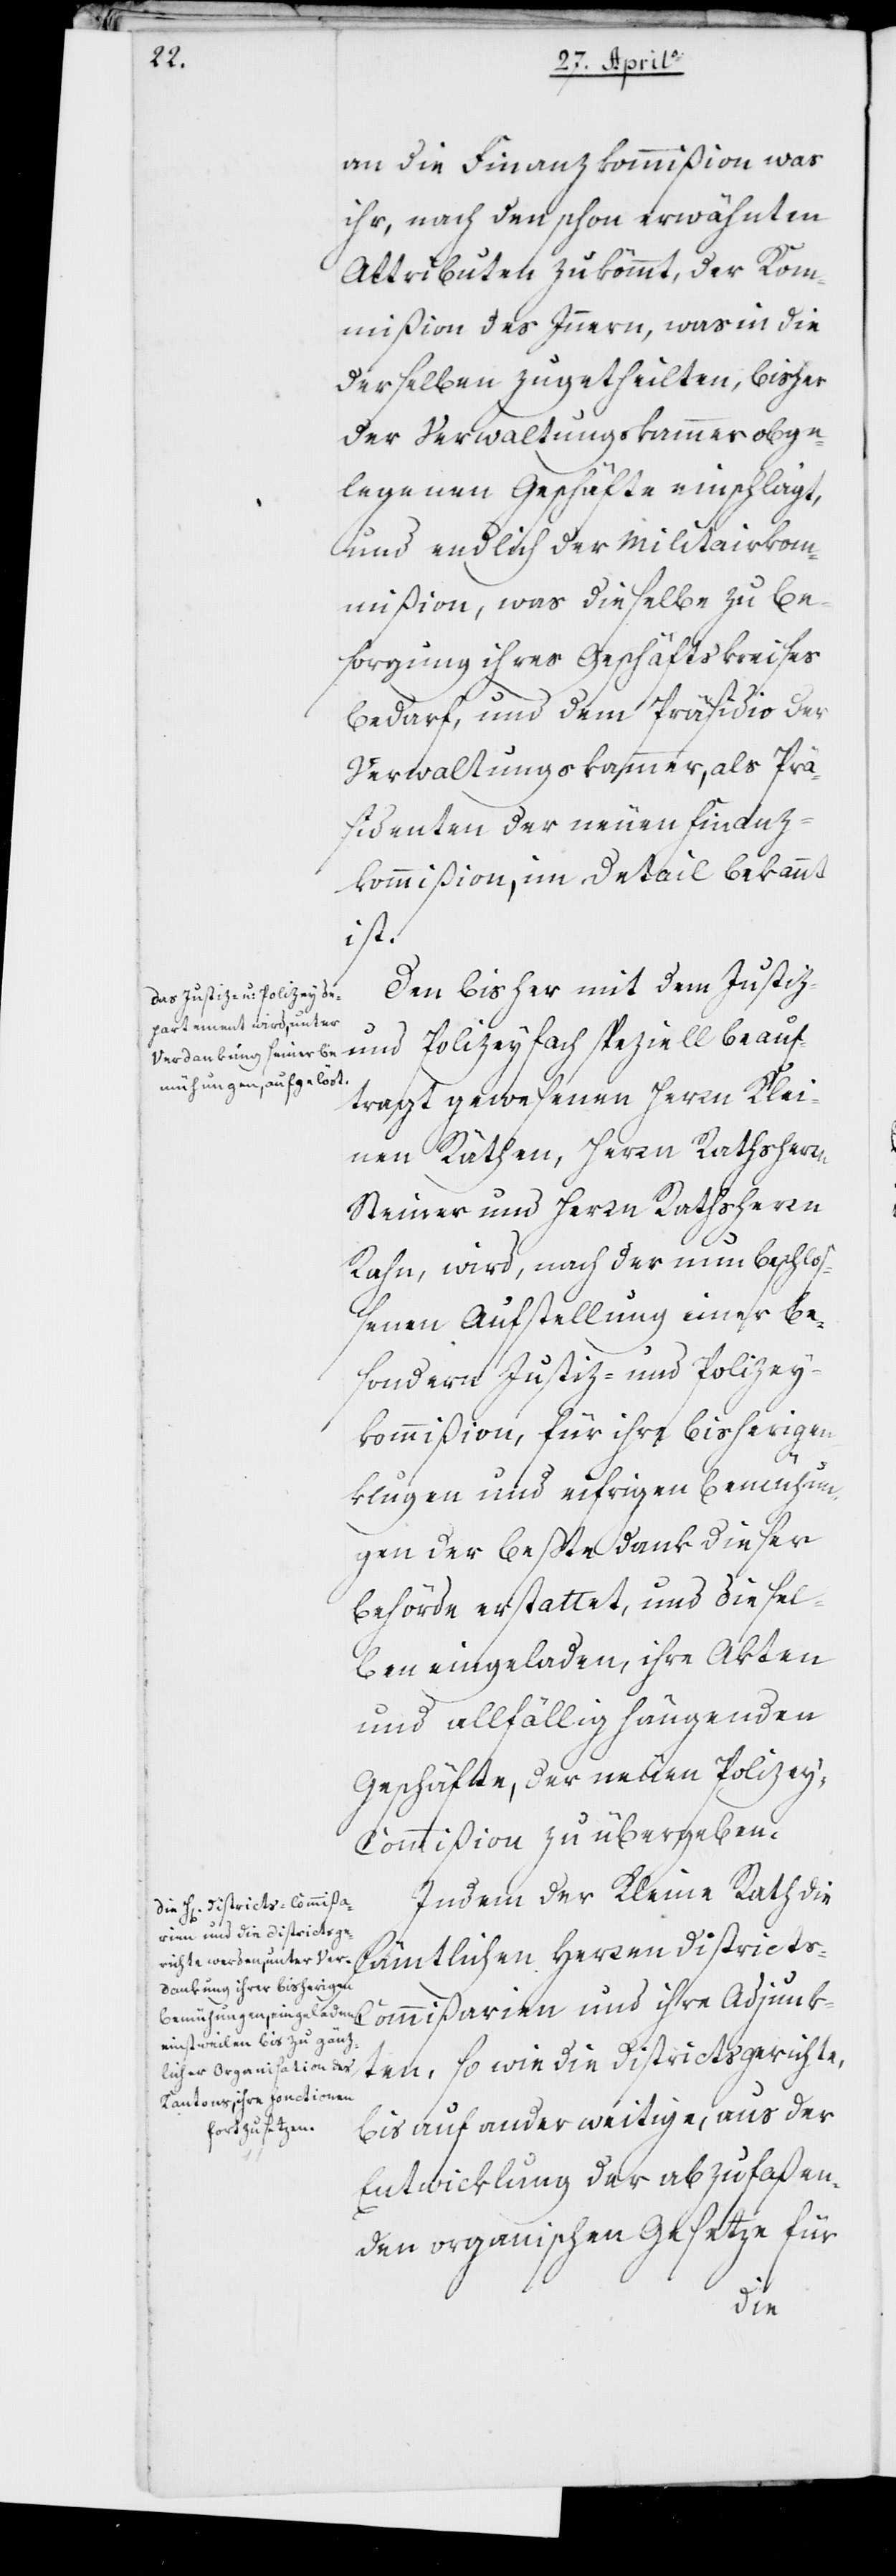
an die Finanzkommißion was
ihr, nach den schon erwähnten
Attributen zukommt; der Kom¬
mißion des Innern, was in die
derselben zugetheilten, bisher
der Verwaltungskammer obge¬
legenen Geschäfte einschlägt;
und endlich der Militairkom¬
mißion, was dieselbe zu Be¬
sorgung ihres Geschäftskreises
bedarf, und dem Präsidio der
Verwaltungskammer, als Prä¬
sidenten der neuen Finanz¬
kommißion, im Detail bekannt
ist.
Den bisher mit dem Justiz-
und Polizeyfach speziell beauf¬
tragt gewesenen Herrn Klei¬
nen Räthen, Herrn Rathsherr
Steiner und Herrn Rathsherr
Rahn, wird, nach der nun beschloß¬
enen Aufstellung einer be¬
sonderen Justiz- und Polizey¬
kommißion, für ihre bisherigen
klugen und eifrigen Bemühun¬
gen der beste Dank dieser
Behörde erstattet, und diesel¬
ben eingeladen, ihre Akten
und allfällig hängenden
Geschäfte, der neuen Polize¬
y-Commißion zu übergeben.
Indem der Kleine Rath die
sämtlichen Herren District¬
s-Commißarien und ihre Adjunk¬
ten, sowie die Districtsgerichte,
bis auf anderweitige, aus der
Entwicklung der abzufaßen¬
den organischen Gesetze für